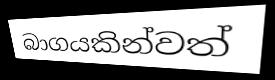
බාගයකින්වත්